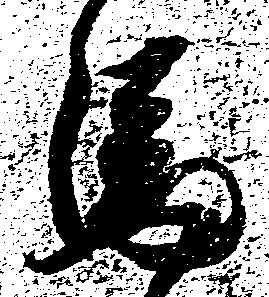
馬